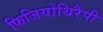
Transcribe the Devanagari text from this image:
फिजियोथिरैपी